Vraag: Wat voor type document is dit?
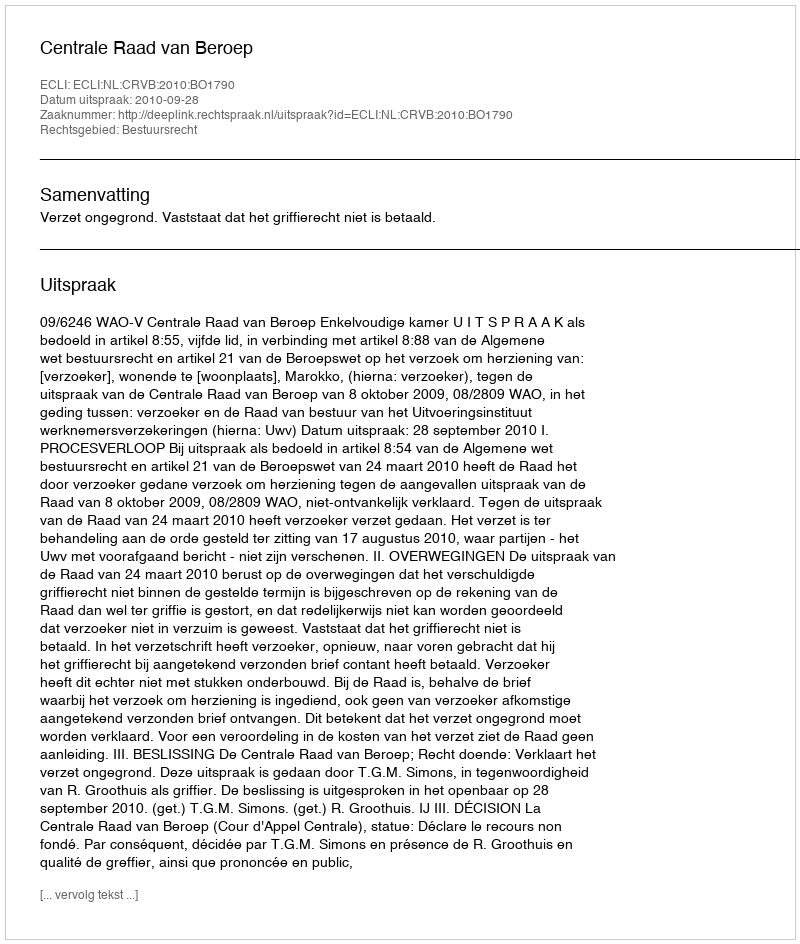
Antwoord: Uitspraak